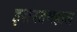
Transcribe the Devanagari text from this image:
इशरतमहाल